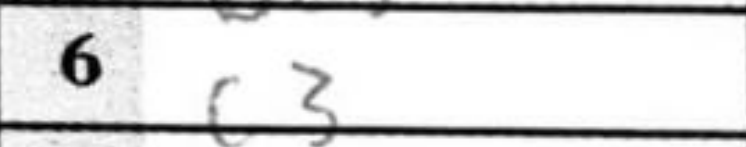
Transcription: c3